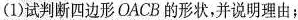
(1)试判断四边形OACB的形状，并说明理由；